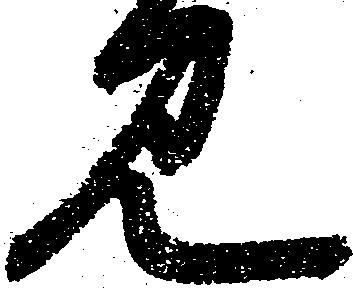
見